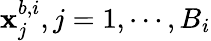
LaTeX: \mathbf{x}_{j}^{b,i},j=1,\cdots,B_{i}